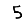
Digit: 5